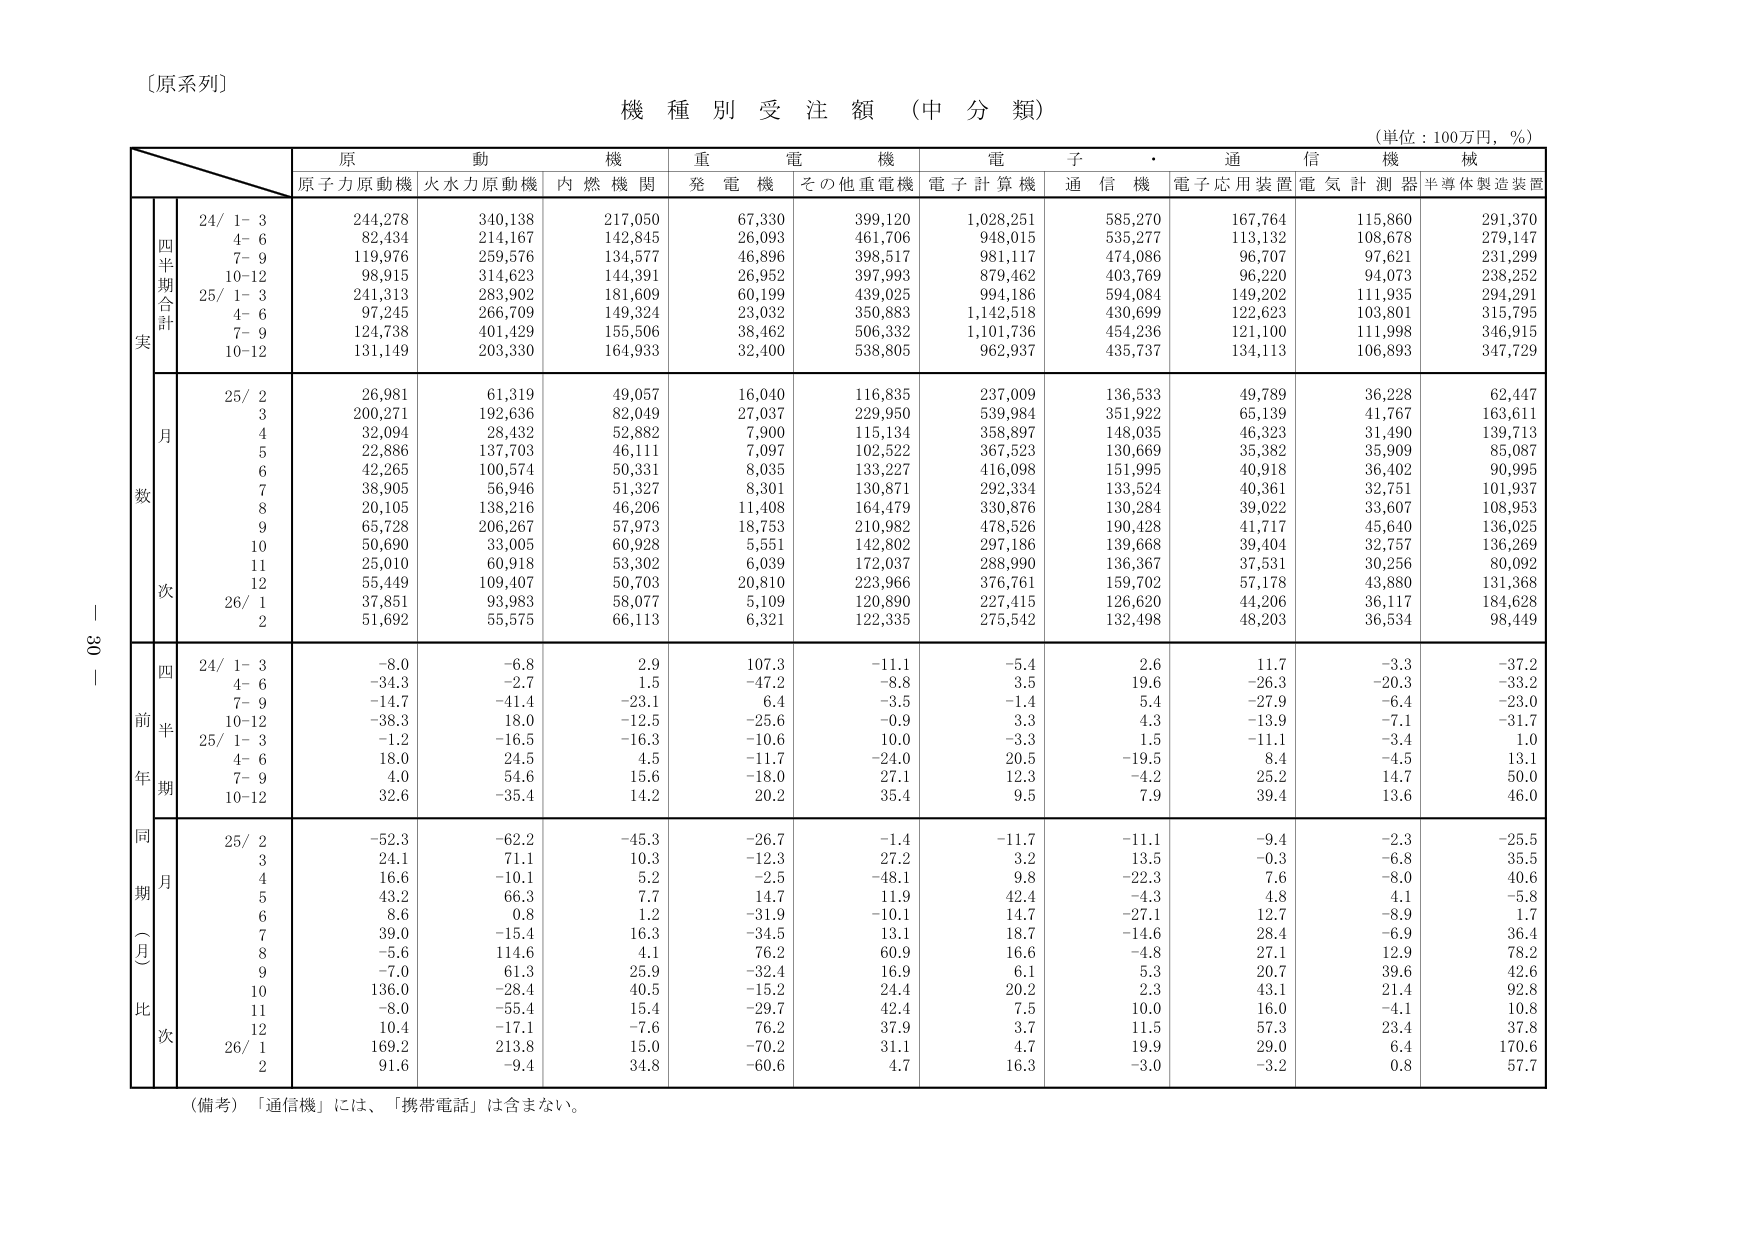
〔原系列〕

機 種 別 受 注 額 （中 分 類）

（単位：100万円，％）

原 動 機 重 電 機 電 子 ・ 通 信 機 械
原子力原動機 火水力原動機 内燃機関 発電機 その他重電機 電子計算機 通信機 電子応用装置 電気計測器 半導体製造装置

四半期合計
24/ 1-3 244,278 340,138 217,050 67,330 399,120 1,028,251 585,270 167,764 115,860 291,370
4-6 82,434 214,167 142,845 26,093 461,706 948,015 535,277 113,132 108,678 279,147
7-9 119,976 259,576 134,577 46,896 398,517 981,117 474,086 96,707 97,621 231,299
10-12 98,915 314,623 144,391 26,952 397,993 879,462 403,769 96,220 94,073 238,252
25/ 1-3 241,313 283,902 181,609 60,199 439,025 994,186 594,084 149,202 111,935 294,291
4-6 97,245 266,709 149,324 23,032 350,883 1,142,518 430,699 122,623 103,801 315,795
7-9 124,738 401,429 155,506 38,462 506,332 1,101,736 454,236 121,100 111,998 346,915
10-12 131,149 203,330 164,933 32,400 538,805 962,937 435,737 134,113 106,893 347,729

月数
25/ 2 26,981 61,319 49,057 16,040 116,835 237,009 136,533 49,789 36,228 62,447
3 200,271 192,636 82,049 27,037 229,950 539,984 351,922 65,139 41,767 163,611
4 32,094 28,432 52,882 7,900 115,134 358,897 148,035 46,323 31,490 139,713
5 22,886 137,703 46,111 7,097 102,522 367,523 130,669 35,382 35,909 85,087
6 42,265 100,574 50,331 8,035 133,227 416,098 151,995 40,918 36,402 90,995
7 38,905 56,946 51,327 8,301 130,871 292,334 133,524 40,361 32,751 101,937
8 20,105 138,216 46,206 11,408 164,479 330,876 130,284 39,022 33,607 108,953
9 65,728 206,267 57,973 18,753 210,982 478,526 190,428 41,717 45,640 136,025
10 50,690 33,005 60,928 5,551 142,802 297,186 139,668 39,404 32,757 136,269
11 25,010 60,918 53,302 6,039 172,037 288,990 136,367 37,531 30,256 80,092
12 55,449 109,407 50,703 20,810 223,966 376,761 159,702 57,178 43,880 131,368
26/ 1 37,851 93,983 58,077 5,109 120,890 227,415 126,620 44,206 36,117 184,628
2 51,692 55,575 66,113 6,321 122,335 275,542 132,498 48,203 36,534 98,449

四半期
前年比
24/ 1-3 -8.0 -6.8 2.9 107.3 -11.1 -5.4 2.6 11.7 -3.3 -37.2
4-6 -34.3 -2.7 1.5 -47.2 -8.8 3.5 19.6 -26.3 -20.3 -33.2
7-9 -14.7 -41.4 -23.1 6.4 -3.5 -1.4 5.4 -27.9 -6.4 -23.0
10-12 -38.3 18.0 -12.5 -25.6 -0.9 3.3 4.3 -13.9 -7.1 -31.7
25/ 1-3 -1.2 -16.5 -16.3 -10.6 10.0 -3.3 1.5 -11.1 -3.4 1.0
4-6 18.0 24.5 4.5 -11.7 -24.0 20.5 -19.5 8.4 -4.5 13.1
7-9 4.0 54.6 15.6 -18.0 27.1 12.3 -4.2 25.2 14.7 50.0
10-12 32.6 -35.4 14.2 20.2 35.4 9.5 7.9 39.4 13.6 46.0

同期（月）比
25/ 2 -52.3 -62.2 -45.3 -26.7 -1.4 -11.7 -11.1 -9.4 -2.3 -25.5
3 24.1 71.1 10.3 -12.3 27.2 3.2 13.5 -0.3 -6.8 35.5
4 16.6 -10.1 5.2 -2.5 -48.1 9.8 -22.3 7.6 -8.0 40.6
5 43.2 66.3 7.7 14.7 11.9 42.4 -4.3 4.8 4.1 -5.8
6 8.6 0.8 1.2 -31.9 -10.1 14.7 -27.1 12.7 -8.9 1.7
7 39.0 -15.4 16.3 -34.5 13.1 18.7 -14.6 28.4 -6.9 36.4
8 -5.6 114.6 4.1 76.2 60.9 16.6 -4.8 27.1 12.9 78.2
9 -7.0 61.3 25.9 -32.4 16.9 6.1 5.3 20.7 39.6 42.6
10 136.0 -28.4 40.5 -15.2 24.4 20.2 2.3 43.1 21.4 92.8
11 -8.0 -55.4 15.4 -29.7 42.4 7.5 10.0 16.0 -4.1 10.8
12 10.4 -17.1 -7.6 76.2 37.9 3.7 11.5 57.3 23.4 37.8
26/ 1 169.2 213.8 15.0 -70.2 31.1 4.7 19.9 29.0 6.4 170.6
2 91.6 -9.4 34.8 -60.6 4.7 16.3 -3.0 -3.2 0.8 57.7

（備考）「通信機」には、「携帯電話」は含まない。